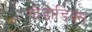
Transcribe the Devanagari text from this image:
गोंडाडिक्‍स